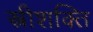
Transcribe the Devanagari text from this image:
स्त्रीशक्ति